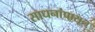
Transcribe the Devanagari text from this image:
साधनांपासून